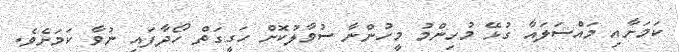
ކަމަށާއި މައްސަލައާ ގުޅޭ މުހިންމު މީހުންނާ ސުވާލުކޮށް ހަގީގަތް ހޯދާފައި ނުވާ ކަމަށެވެ.